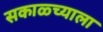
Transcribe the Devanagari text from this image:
सकाळ्च्याला